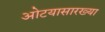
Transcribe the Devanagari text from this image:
ओटयासारख्या